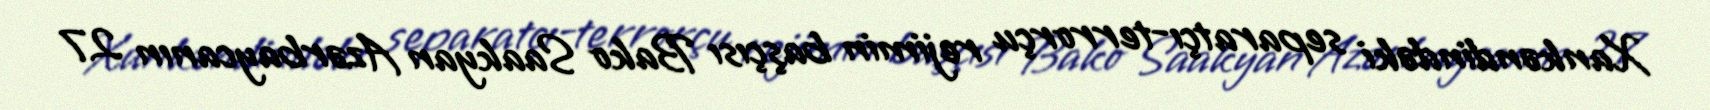
Xankəndindəki separatçı-terrorçu rejimin başçısı Bako Saakyan Azərbaycanın 27